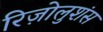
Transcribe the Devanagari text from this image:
रिज़ोलुशंस